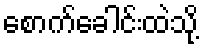
စောက်ခေါင်းထဲသို့